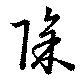
除